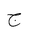
Letter: _gim